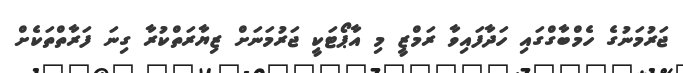
ޖަރުމަނުގެ ހެމްބާގްގައި ހަދާފައިވާ ރަމްޒީ މި އާޕޯޓަކީ ޖަރުމަނަށް ޒިޔާރަތްކުރާ ގިނަ ފަރާތްތަކެށް